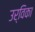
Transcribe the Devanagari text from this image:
उर्विका